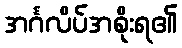
အင်္ဂလိပ်အစိုးရ၏